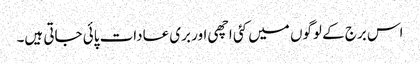
اس برج کے لوگوں میں کئی اچھی اور بری عادات پائی جاتی ہیں۔